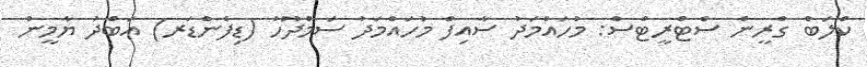
ކްލަބް ގްރީން ސްޓްރީޓްސް: މުހައްމަދު ސާއިފް މުހައްމަދު ސަމްދޫހު (ޑިފެންޑަރ) އަބްދު ޔާމީން